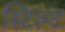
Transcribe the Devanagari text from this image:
स्टिल्ट